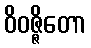
ဝိဝဇ္ဇိတော